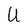
Character: U